Annual report of the Punjab Veterinary College and of the Civil Veterinary Department, Punjab - 1920-1925
Year: 1920
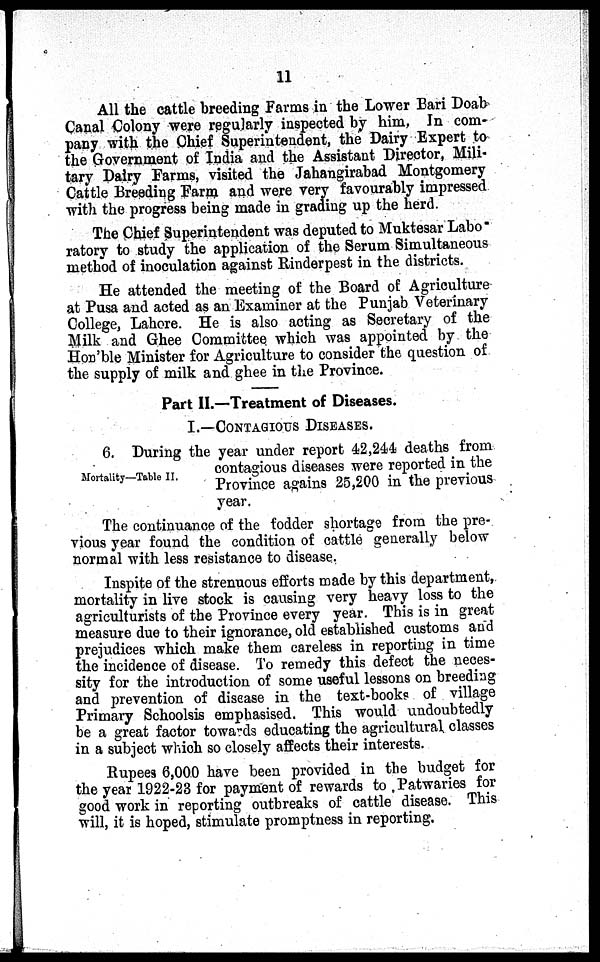
11
All the cattle breeding Farms in the Lower Bari Doab
Canal Colony were regularly inspected by him. In com-
pany with the Chief Superintendent, the Dairy Expert to
the Government of India and the Assistant Director, Mili-
tary Dairy Farms, visited the Jahangirabad Montgomery
Cattle Breeding Farm and were very favourably impressed
with the progress being made in grading up the herd.
The Chief Superintendent was deputed to Muktesar Labo
ratory to study the application of the Serum Simultaneous
method of inoculation against Rinderpest in the districts.
He attended the meeting of the Board of Agriculture
at Pusa and acted as an Examiner at the Punjab Veterinary
College, Lahore. He is also acting as Secretary of the
Milk and Ghee Committee which was appointed by the
Hon'ble Minister for Agriculture to consider the question of
the supply of milk and ghee in the Province.
Part II.—Treatment of Diseases.
I.—CONTAGIOUS DISEASES.
Mortality—Table II.
6. During the year under report 42,244 deaths from
contagious diseases were reported in the
Province agains 25,200 in the previous
year.
The continuance of the fodder shortage from the pre-
vious year found the condition of cattle generally below
normal with less resistance to disease.
Inspite of the strenuous efforts made by this department,
mortality in live stock is causing very heavy loss to the
agriculturists of the Province every year. This is in great
measure due to their ignorance, old established customs and
prejudices which make them careless in reporting in time
the incidence of disease. To remedy this defect the neces-
sity for the introduction of some useful lessons on breeding
and prevention of disease in the text-books of village
Primary Schoolsis emphasised. This would undoubtedly
be a great factor towards educating the agricultural classes
in a subject which so closely affects their interests.
Rupees 6,000 have been provided in the budget for
the year 1922-23 for payment of rewards to Patwaries for
good work in reporting outbreaks of cattle disease. This
will, it is hoped, stimulate promptness in reporting.